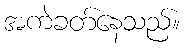
အကဲခတ်နေသည်။